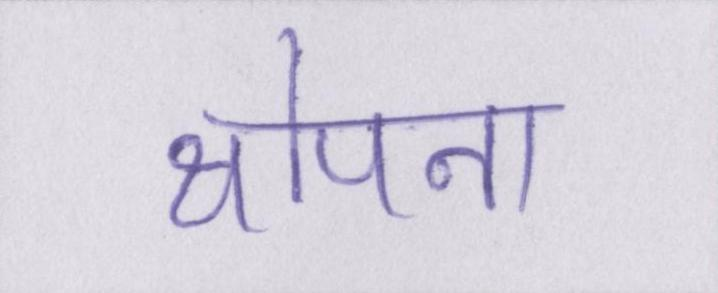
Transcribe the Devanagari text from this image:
थोपना